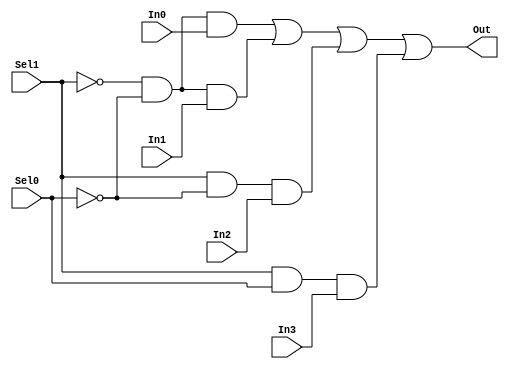
module mux421_dataflow_faulty (Out, In0, In1, In2, In3, Sel0, Sel1);
output Out;
input In0, In1, In2, In3, Sel0, Sel1;

assign Out = 
  (~Sel1 & ~Sel0 & In0) 
| (~Sel1 & ~Sel0 & In1) 
| (Sel1  & ~Sel0 & In2) 
| (Sel1  &  Sel0 & In3);

endmodule // mux421_dataflow_faulty